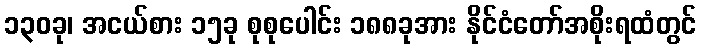
၁၃၀ခု၊ အငယ်စား ၁၅ခု စုစုပေါင်း ၁၈၈ခုအား နိုင်ငံတော်အစိုးရထံတွင်